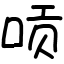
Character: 唝